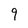
Character: 9